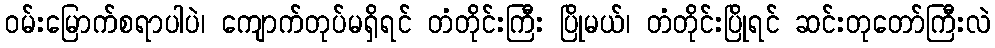
ဝမ်းမြောက်စရာပါပဲ၊ ကျောက်တုပ်မရှိရင် တံတိုင်းကြီး ပြိုမယ်၊ တံတိုင်းပြိုရင် ဆင်းတုတော်ကြီးလဲ